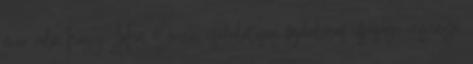
már róla, hogy John Green csodálatosan fájdalmas ifjúsági regénye